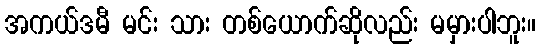
အကယ်ဒမီ မင်း သား တစ်ယောက်ဆိုလည်း မမှားပါဘူး။